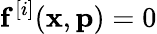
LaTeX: \mathbf{f}^{[i]}(\mathbf{x},\mathbf{p})=0